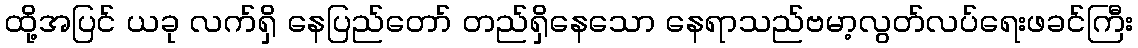
ထို့အပြင် ယခု လက်ရှိ နေပြည်တော် တည်ရှိနေသော နေရာသည်ဗမာ့လွတ်လပ်ရေးဖခင်ကြီး